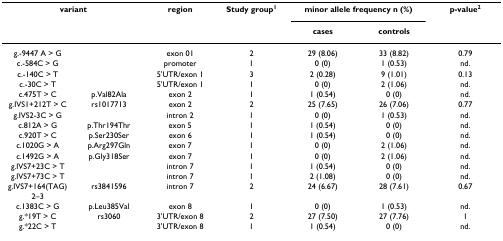
| <COLSPAN=2> variant | region | Study group1 | <COLSPAN=2> minor allele frequency n (%) | p-value2 |
 |  |  |  |  | cases | controls |  |
 | --- | --- | --- | --- | --- | --- | --- |
 | g.-9447 A > G |  | exon 01 | 2 | 29 (8.06) | 33 (8.82) | 0.79 |
 | c.-584C > G |  | promoter | 1 | 0 (0) | 1 (0.53) | nd. |
 | c.-140C > T |  | 5'UTR/exon 1 | 3 | 2 (0.28) | 9 (1.01) | 0.13 |
 | c.-30C > T |  | 5'UTR/exon 1 | 1 | 0 (0) | 2 (1.06) | nd. |
 | c.475T > C | p.Val82Ala | exon 2 | 1 | 1 (0.54) | 0 (0) | nd. |
 | g.IVS1+212T > C | rs1017713 | exon 2 | 2 | 25 (7.65) | 26 (7.06) | 0.77 |
 | g.IVS2-3C > G |  | intron 2 | 1 | 0 (0) | 1 (0.53) | nd. |
 | c.812A > G | p.Thr194Thr | exon 5 | 1 | 1 (0.54) | 0 (0) | nd. |
 | c.920T > C | p.Ser230Ser | exon 6 | 1 | 1 (0.54) | 0 (0) | nd. |
 | c.1020G > A | p.Arg297Gln | exon 7 | 1 | 0 (0) | 2 (1.06) | nd. |
 | c.1492G > A | p.Gly318Ser | exon 7 | 1 | 0 (0) | 2 (1.06) | nd. |
 | g.IVS7+23C > T |  | intron 7 | 1 | 1 (0.54) | 0 (0) | nd. |
 | g.IVS7+73C > T |  | intron 7 | 1 | 2 (1.08) | 0 (0) | nd. |
 | g.IVS7+164(TAG)2–3 | rs3841596 | intron 7 | 2 | 24 (6.67) | 28 (7.61) | 0.67 |
 | c.1383C > G | p.Leu385Val | exon 8 | 1 | 0 (0) | 1 (0.53) | nd. |
 | g.*19T > C | rs3060 | 3'UTR/exon 8 | 2 | 27 (7.50) | 27 (7.76) | 1 |
 | g.*22C > T |  | 3'UTR/exon 8 | 1 | 1 (0.54) | 0 (0) | nd. |